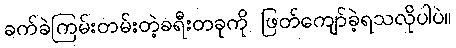
ခက်ခဲကြမ်းတမ်းတဲ့ခရီးတခုကို ဖြတ်ကျော်ခဲ့ရသလိုပါပဲ။